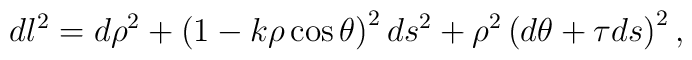
dl^2 = d\rho^2 + \left (1-k\rho\cos\theta\right )^2ds^2 +\rho ^2\left (d\theta + \tau ds\right )^2,